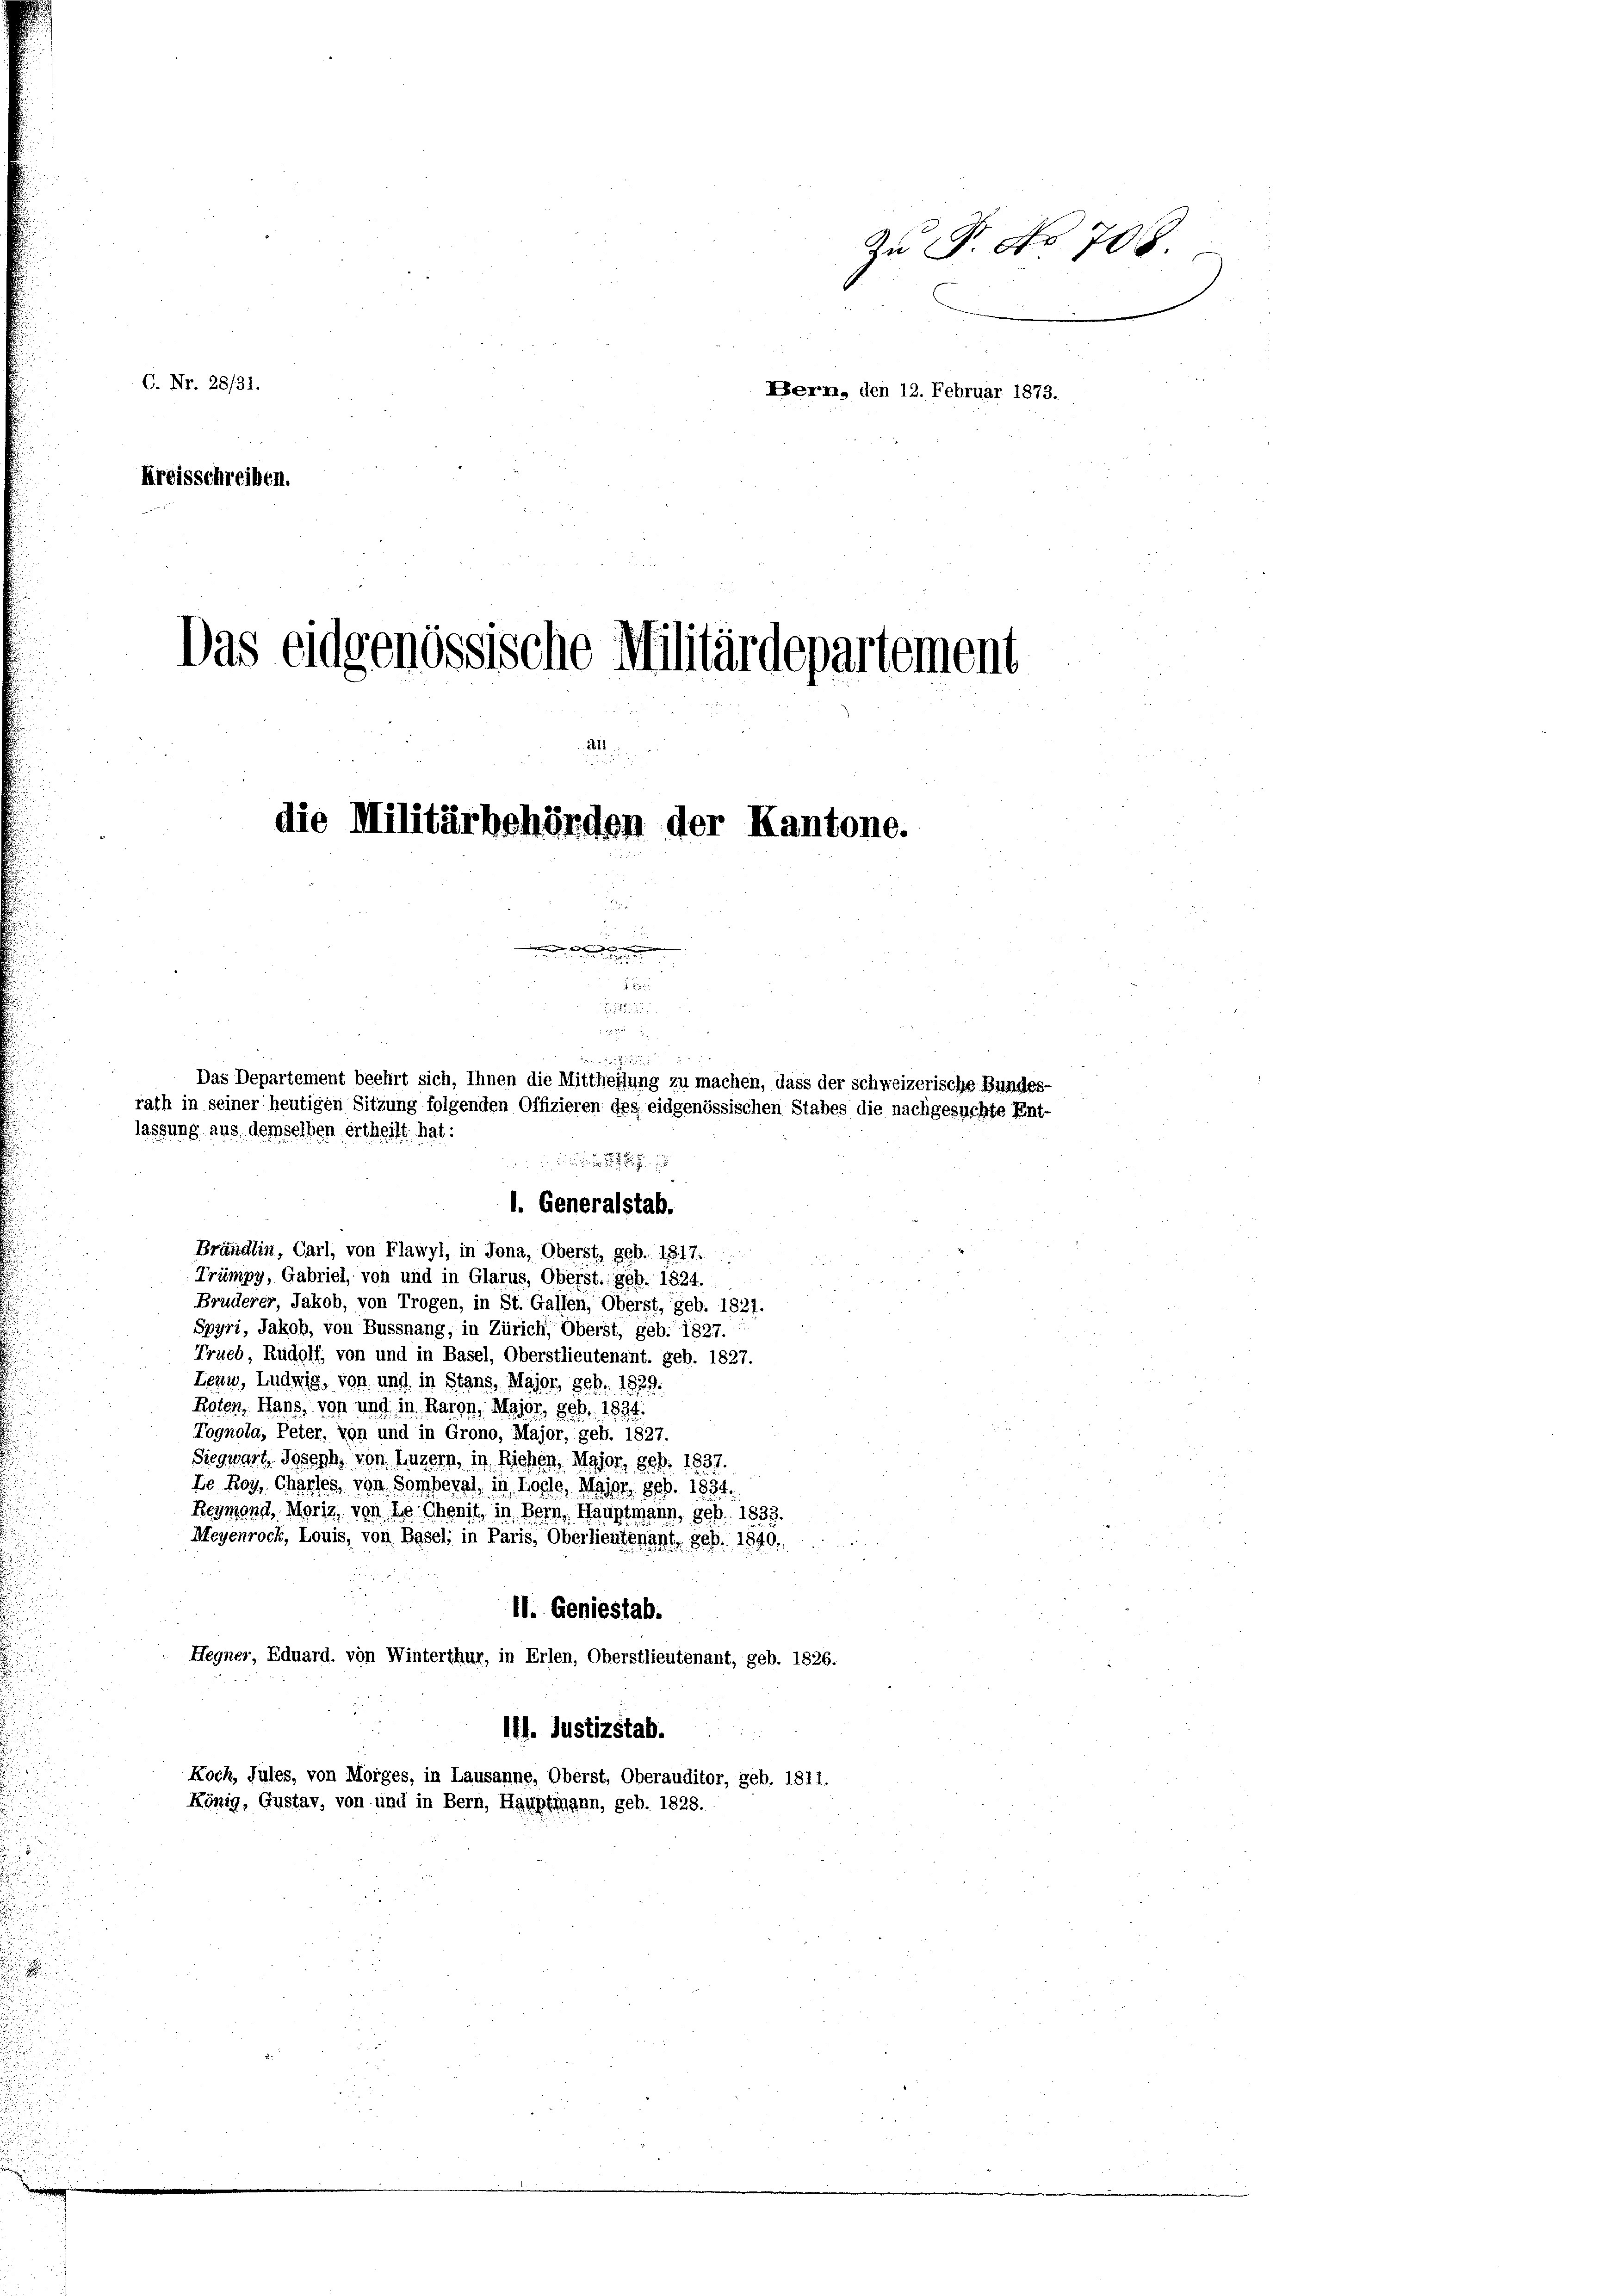
Zu §. No 708.
C. Nr. 28/31.
Perm, den 12. Februar 1873.
Kreisschreiben.

Das eidgenössische Militärdepartement
die Militärbehörden der Kantone.

55
n
Das Departement beehrt sich, Ihnen die Mittheilung zu machen, dass der schweizerische Bundes-
rath in seiner heutigen Sitzung folgenden Offizieren des eidgenössischen Stabes die nachgesuchte Ent-
lassung aus demselben ertheilt hat:

l. Generalstab.

Brändlin, Carl, von Flawyl, in Jona, Oberst, geb. 1817.
Trümpy, Gabriel, von und in Glarus, Oberst. geb. 1824.
Bruderer, Jakob, von Trogen, in St. Gallen, Oberst, geb. 1821.
Spyri, Jakob, von Bussnang, in Zürich, Oberst, geb. 1827.
Trueb, Rudolf, von und in Basel, Oberstlieutenant. geb. 1827.
Lezu, Ludwig, von und in Stans, Major, geb. 1829.
Raten, Hans, von und in Raron, Major, geb. 1834.
Tognola, Peter, von und in Grono, Major, geb. 1827.
Siegwart, Joseph, von Luzern, in Riehen, Major, geb. 1837.
Le Roy, Charfes, von Somberal, in Lode. Maier geb. 1834.
Reymond, Moriz von de Chenit in Bern, Hauptmann, geb. 1833.
Meyenrock, Louis, von Basel, in Paris, Oberlieutenant, geb. 1840.
11. Geniestab.
Hegner, Eduard, von Winterthur, in Erlen, Oberstlieutenant, geb. 1826.
111. Justizstab.
Koch, Jules, von Morges, in Lausanne, Oberst, Oberauditor, geb. 1811.
König, Gustav, von und in Bern, Hauptmann, geb. 1828.